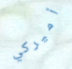
أميركي